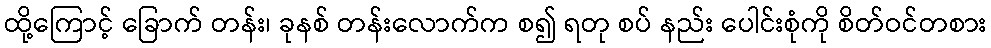
ထို့ကြောင့် ခြောက် တန်း၊ ခုနစ် တန်းလောက်က စ၍ ရတု စပ် နည်း ပေါင်းစုံကို စိတ်ဝင်တစား